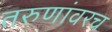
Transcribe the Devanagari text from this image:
तरुणांवरच